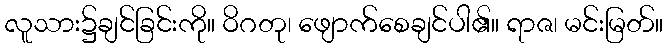
လူသား၌ချင်ခြင်းကို။ ဝိဂတု၊ ဖျောက်စေချင်ပါ၏။ ရာဇ၊ မင်းမြတ်။